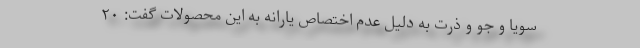
سویا و جو و ذرت به دلیل عدم اختصاص یارانه به این محصولات گفت: ۲۰